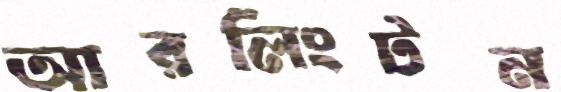
আরলিংটন